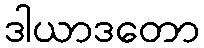
ဒါယာဒတော